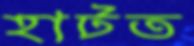
হাটত